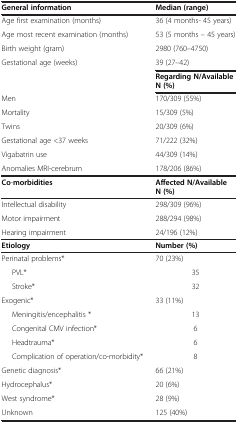
<table><thead><tr><td><b>General information</b></td><td><b>Median (range)</b></td></tr></thead><tbody><tr><td>Age first examination (months)</td><td>36 (4 months- 45 years)</td></tr><tr><td>Age most recent examination (months)</td><td>53 (5 months – 45 years)</td></tr><tr><td>Birth weight (gram)</td><td>2980 (760–4750)</td></tr><tr><td>Gestational age (weeks)</td><td>39 (27–42)</td></tr><tr><td> </td><td><b>Regarding N/</b><b>Available N (%)</b></td></tr><tr><td>Men</td><td>170/309 (55%)</td></tr><tr><td>Mortality</td><td>15/309 (5%)</td></tr><tr><td>Twins</td><td>20/309 (6%)</td></tr><tr><td>Gestational age &lt;37 weeks</td><td>71/222 (32%)</td></tr><tr><td>Vigabatrin use</td><td>44/309 (14%)</td></tr><tr><td>Anomalies MRI-cerebrum</td><td>178/206 (86%)</td></tr><tr><td><b>Co</b>-<b>morbidities</b></td><td><b>Affected N/</b><b>Available N (%)</b></td></tr><tr><td>Intellectual disability</td><td>298/309 (96%)</td></tr><tr><td>Motor impairment</td><td>288/294 (98%)</td></tr><tr><td>Hearing impairment</td><td>24/196 (12%)</td></tr><tr><td><b>Etiology</b></td><td><b>Number (%)</b></td></tr><tr><td>Perinatal problems*</td><td>70 (23%)</td></tr><tr><td>PVL*</td><td>35</td></tr><tr><td>Stroke*</td><td>32</td></tr><tr><td>Exogenic*</td><td>33 (11%)</td></tr><tr><td>Meningitis/encephalitis *</td><td>13</td></tr><tr><td>Congenital CMV infection*</td><td>6</td></tr><tr><td>Headtrauma*</td><td>6</td></tr><tr><td>Complication of operation/co-morbidity*</td><td>8</td></tr><tr><td>Genetic diagnosis*</td><td>66 (21%)</td></tr><tr><td>Hydrocephalus*</td><td>20 (6%)</td></tr><tr><td>West syndrome*</td><td>28 (9%)</td></tr><tr><td>Unknown</td><td>125 (40%)</td></tr></tbody></table>